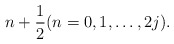
\begin{align*}n+\frac12 (n=0,1,\ldots,2j).\end{align*}